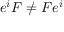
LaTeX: e ^ { i } F \neq F e ^ { i }